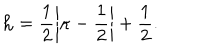
LaTeX: { \bf h } = \frac 1 2 \left| \kappa - \frac 1 2 \right| + \frac 1 2 .